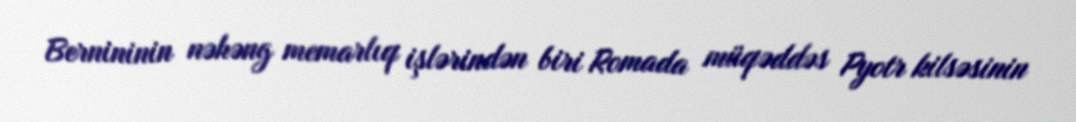
Bernininin nəhəng memarlıq işlərindən biri Romada müqəddəs Pyotr kilsəsinin